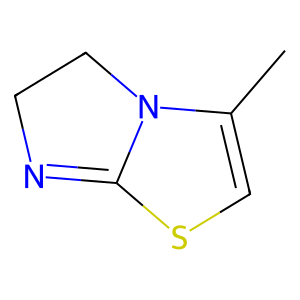
SMILES: CC1=CSC2=NCCN12
Inhibits HIV replication: No